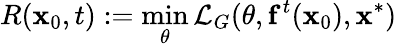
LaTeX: R(\mathbf x_{0},t):=\operatorname*{min}_{\theta}\mathcal L_{G}(\theta,\mathbf f^{t}(\mathbf x_{0}),\mathbf x^{*})